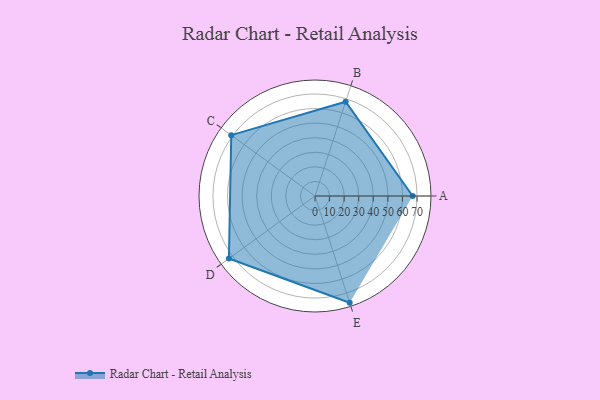
{"axis": {"x": "Skill", "y": "Score"}, "legend": ["Profile"], "data": [{"x": "A", "y": 67.0, "type": "Profile"}, {"x": "B", "y": 68.0, "type": "Profile"}, {"x": "C", "y": 71.0, "type": "Profile"}, {"x": "D", "y": 73.0, "type": "Profile"}, {"x": "E", "y": 77.0, "type": "Profile"}]}